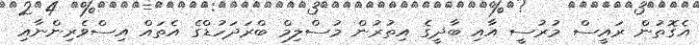
އެގޮތުން ރައީސް މުރުސީ އާއި ބާދީގެ އިތުރުން މުސްލިމް ބްރަދަހުޑްގެ އެތައް އިސްވެރިންނާއި